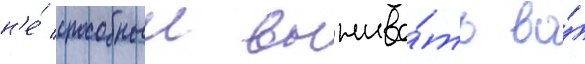
н'е́ способныи выжива́ть во́